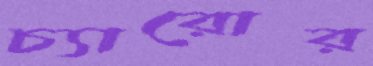
চ্যারোর